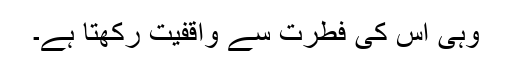
وہی اس کی فطرت سے واقفیت رکھتا ہے۔